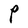
Character: P